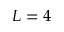
L = 4